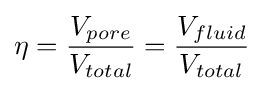
\eta ={\frac {V_{pore}}{V_{total}}}={\frac {V_{fluid}}{V_{total}}}